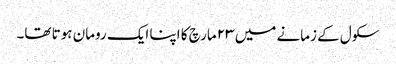
سکول کے زمانے میں ۲۳ مارچ کا اپنا ایک رومان ہوتا تھا۔